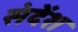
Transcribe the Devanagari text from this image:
संदेंश